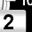
Digit: 2